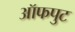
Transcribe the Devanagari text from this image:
ऑफपुट